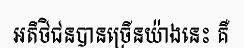
អតិថិជនបានច្រើនយ៉ាងនេះ គឺ